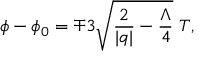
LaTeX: \phi - \phi _ { 0 } = \mp 3 \sqrt { \frac { 2 } { | q | } - \frac { \Lambda } { 4 } } \ T ,